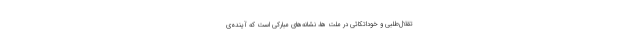
تقلال‌طلبی و خوداتّکائی در ملّت ها، نشانه‌های مبارکی است که آینده‌ی